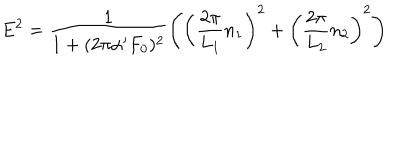
E ^ { 2 } = \frac { 1 } { 1 + ( 2 \pi \alpha ^ { \prime } F _ { 0 } ) ^ { 2 } } \left( \left( \frac { 2 \pi } { L _ { 1 } } n _ { 1 } \right) ^ { 2 } + \left( \frac { 2 \pi } { L _ { 2 } } n _ { 2 } \right) ^ { 2 } \right)